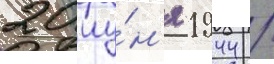
20 иу́н'я 1944 /